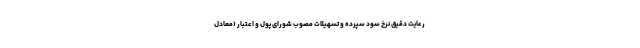
رعایت دقیق نرخ سود سپرده و تسهیلات مصوب شورای پول و اعتبار (معادل